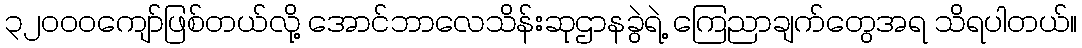
၃၂၀၀၀ကျော်ဖြစ်တယ်လို့ အောင်ဘာလေသိန်းဆုဌာနခွဲရဲ့ ကြေညာချက်တွေအရ သိရပါတယ်။